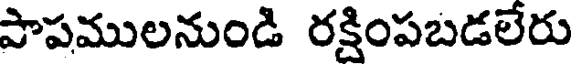
పాపములనుండి రక్షింపబడలేరు